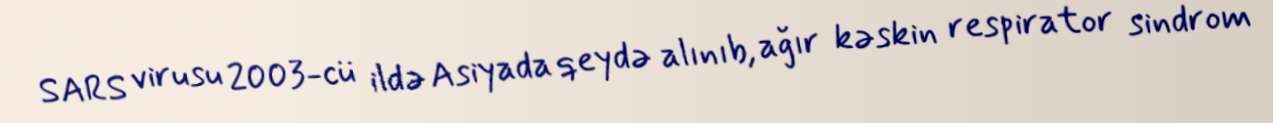
SARS virusu 2003-cü ildə Asiyada qeydə alınıb, ağır kəskin respirator sindrom